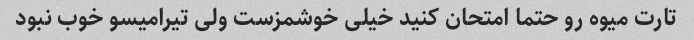
تارت میوه رو حتما امتحان کنید خیلی خوشمزست ولی تیرامیسو خوب نبود